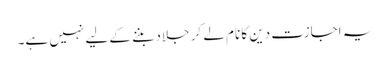
یہ اجازت دین کا نام لے کر جلاد بننے کے لیے نہیں ہے۔